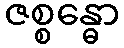
ဇစ္စန္ဓော